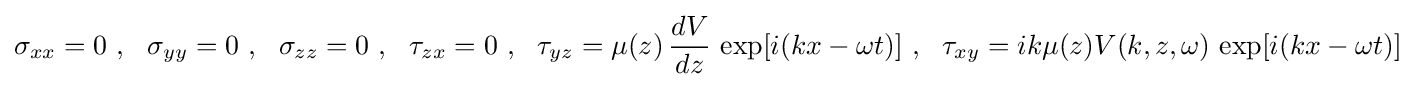
\sigma _{xx}=0~,~~\sigma _{yy}=0~,~~\sigma _{zz}=0~,~~\tau _{zx}=0~,~~\tau _{yz}=\mu (z)\,{\frac {dV}{dz}}\,\exp[i(kx-\omega t)]~,~~\tau _{xy}=ik\mu (z)V(k,z,\omega )\,\exp[i(kx-\omega t)]